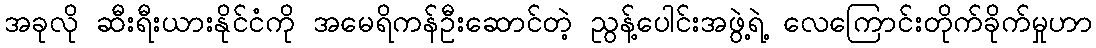
အခုလို ဆီးရီးယားနိုင်ငံကို အမေရိကန်ဦးဆောင်တဲ့ ညွန့်ပေါင်းအဖွဲ့ရဲ့ လေကြောင်းတိုက်ခိုက်မှုဟာ